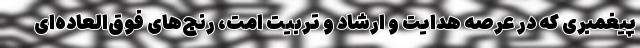
پیغمبری که در عرصه هدایت و ارشاد و تربیت امت، رنج‌های فوق‌العاده‌ای